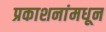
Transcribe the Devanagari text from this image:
प्रकाशनांमधून